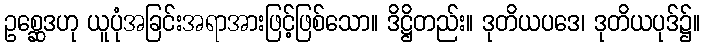
ဥစ္ဆေဒဟု ယူပုံအခြင်းအရာအားဖြင့်ဖြစ်သော။ ဒိဋ္ဌိတည်း။ ဒုတိယပဒေ၊ ဒုတိယပုဒ်၌။